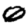
Digit: 0